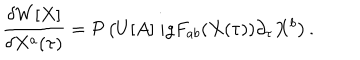
\frac { \delta W [ X ] } { \delta X ^ { a } ( \tau ) } = { \cal P } \left( U [ A ] ~ i g F _ { a b } ( X ( \tau ) ) \partial _ { \tau } X ^ { b } \right) .